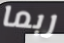
ربما